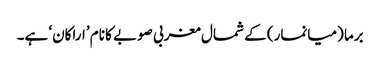
برما (میانمار) کے شمال مغربی صوبے کا نام ’اراکان‘ ہے۔